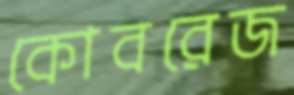
কোবরেজ